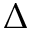
\Delta